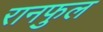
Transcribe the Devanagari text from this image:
रानफुल